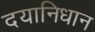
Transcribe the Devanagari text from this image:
दयानिधान